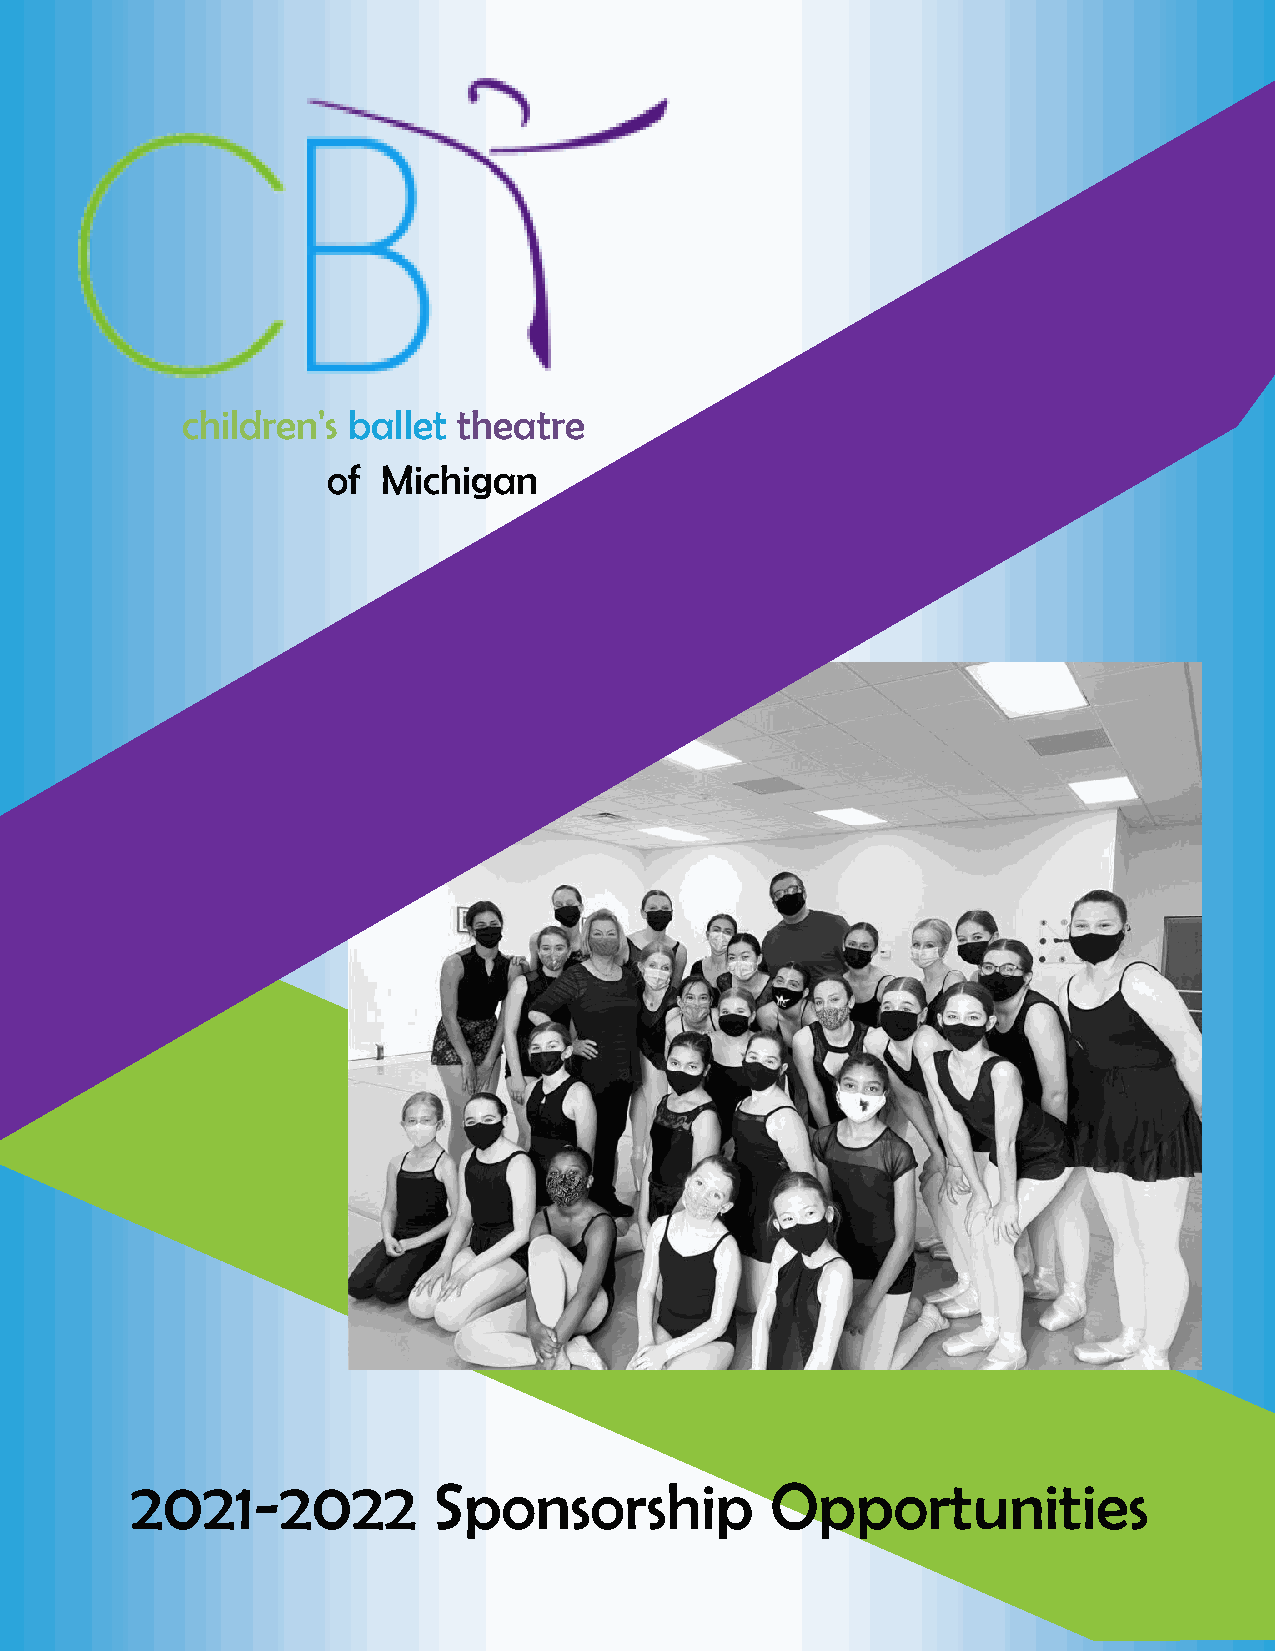
children's ballet theatre
 of Michigan
 2021-2022           Sponsorship           Opportunities